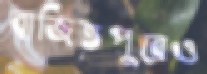
বাজিতপুরেও